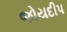
જોયદીપ